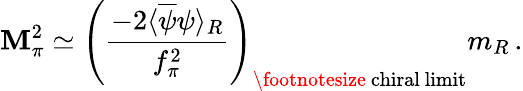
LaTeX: \mathbf{M}_{\pi}^{2}\simeq\left(\frac{{-2\langle\overline{{{{\psi}}}}\psi\rangle_{R}}}{{f_{\pi}^{2}}}\right)_{\mathrm{{\footnotesize~chiral~limit}}}m_{R}\, .